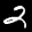
Label: 2